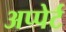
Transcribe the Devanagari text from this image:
अप्पेर्ट